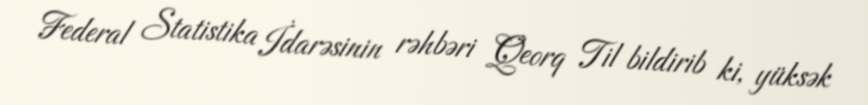
Federal Statistika İdarəsinin rəhbəri Qeorq Til bildirib ki, yüksək